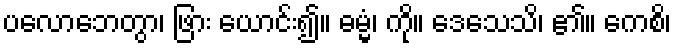
ပလောဘေတွာ၊ ဖြား ယောင်း၍။ ဓမ္မံ၊ ကို။ ဒေသေသိ၊ ၏။ ကေစိ၊